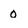
Character: 0